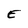
Character: E